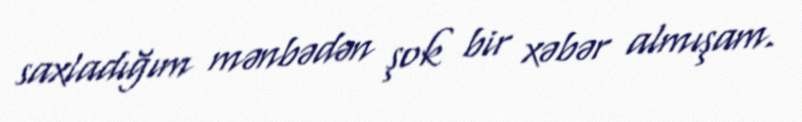
saxladığım mənbədən şok bir xəbər almışam.